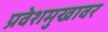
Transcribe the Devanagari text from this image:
प्रवेशमुखावर